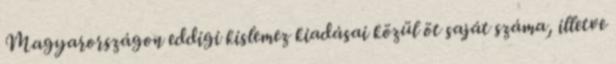
Magyarországon eddigi kislemez kiadásai közül öt saját száma, illetve